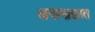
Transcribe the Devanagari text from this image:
असम्प्रज्ञात